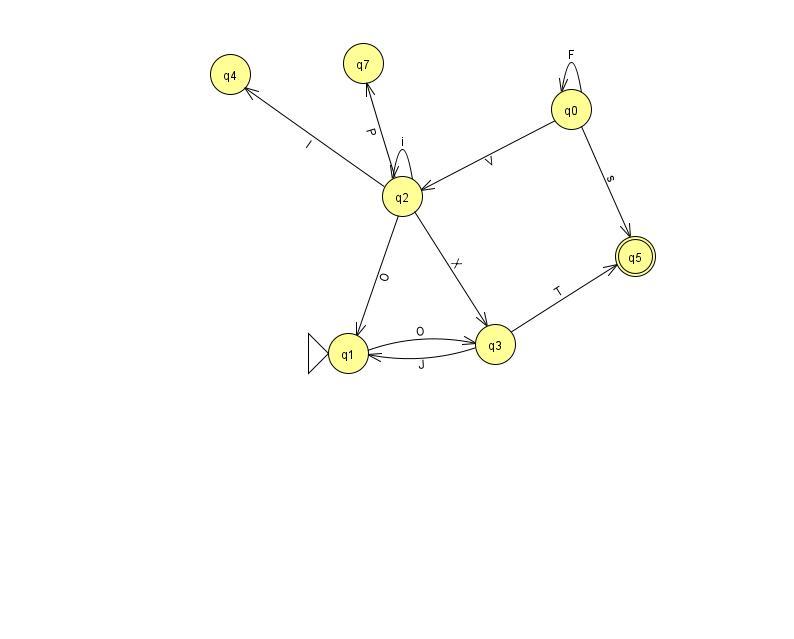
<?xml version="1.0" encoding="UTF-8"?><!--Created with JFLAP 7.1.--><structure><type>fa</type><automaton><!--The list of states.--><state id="0" name="q0"><x>571.0</x><y>96.0</y></state><state id="1" name="q1"><x>348.0</x><y>340.0</y><initial/></state><state id="2" name="q2"><x>402.0</x><y>183.0</y></state><state id="3" name="q3"><x>495.0</x><y>331.0</y></state><state id="4" name="q4"><x>230.0</x><y>61.0</y></state><state id="5" name="q5"><x>635.0</x><y>243.0</y><final/></state><state id="7" name="q7"><x>363.0</x><y>50.0</y></state><!--The list of transitions.--><transition><from>3</from><to>5</to><read>T</read></transition><transition><from>2</from><to>7</to><read>P</read></transition><transition><from>0</from><to>5</to><read>s</read></transition><transition><from>0</from><to>0</to><read>F</read></transition><transition><from>2</from><to>1</to><read>O</read></transition><transition><from>2</from><to>3</to><read>X</read></transition><transition><from>1</from><to>3</to><read>O</read></transition><transition><from>2</from><to>2</to><read>i</read></transition><transition><from>2</from><to>4</to><read>l</read></transition><transition><from>0</from><to>2</to><read>V</read></transition><transition><from>3</from><to>1</to><read>J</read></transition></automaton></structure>